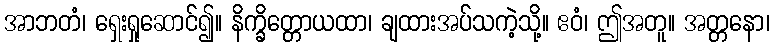
အာဘတံ၊ ရှေးရှုဆောင်၍။ နိက္ခိတ္တောယထာ၊ ချထားအပ်သကဲ့သို့။ ဧဝံ၊ ဤအတူ။ အတ္တနော၊